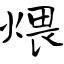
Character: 煨